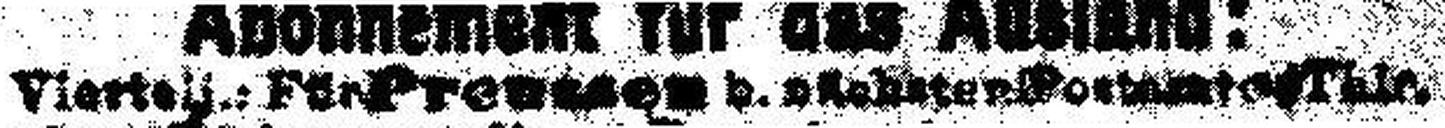
Viertelj.: Für Preussen b. nächsten Postamte ### Thlr.